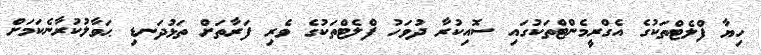
ހިޔާ ފްލެޓްތަކުގެ އެގްރީމެންޓްތަކުގައި ސޮއިކުރާ ދުވަހު ފްލެޓްތަކުގެ ވެރި ފަރާތަށް ތަޅުދަނޑި ޙަވާލުކުރާނެކަމަށް